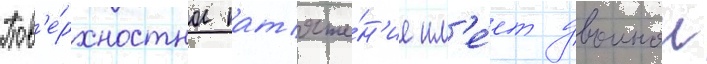
Пов'е́рхностное нат'яже́н'ие им'е́ет двоинои